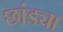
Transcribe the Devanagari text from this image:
छांड्या